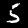
Digit: 5